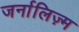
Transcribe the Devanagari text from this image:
जर्नालिज़्म